65_HS1-834228961_62-HQ-83894_Section_1
Agency: FBI
Page 31
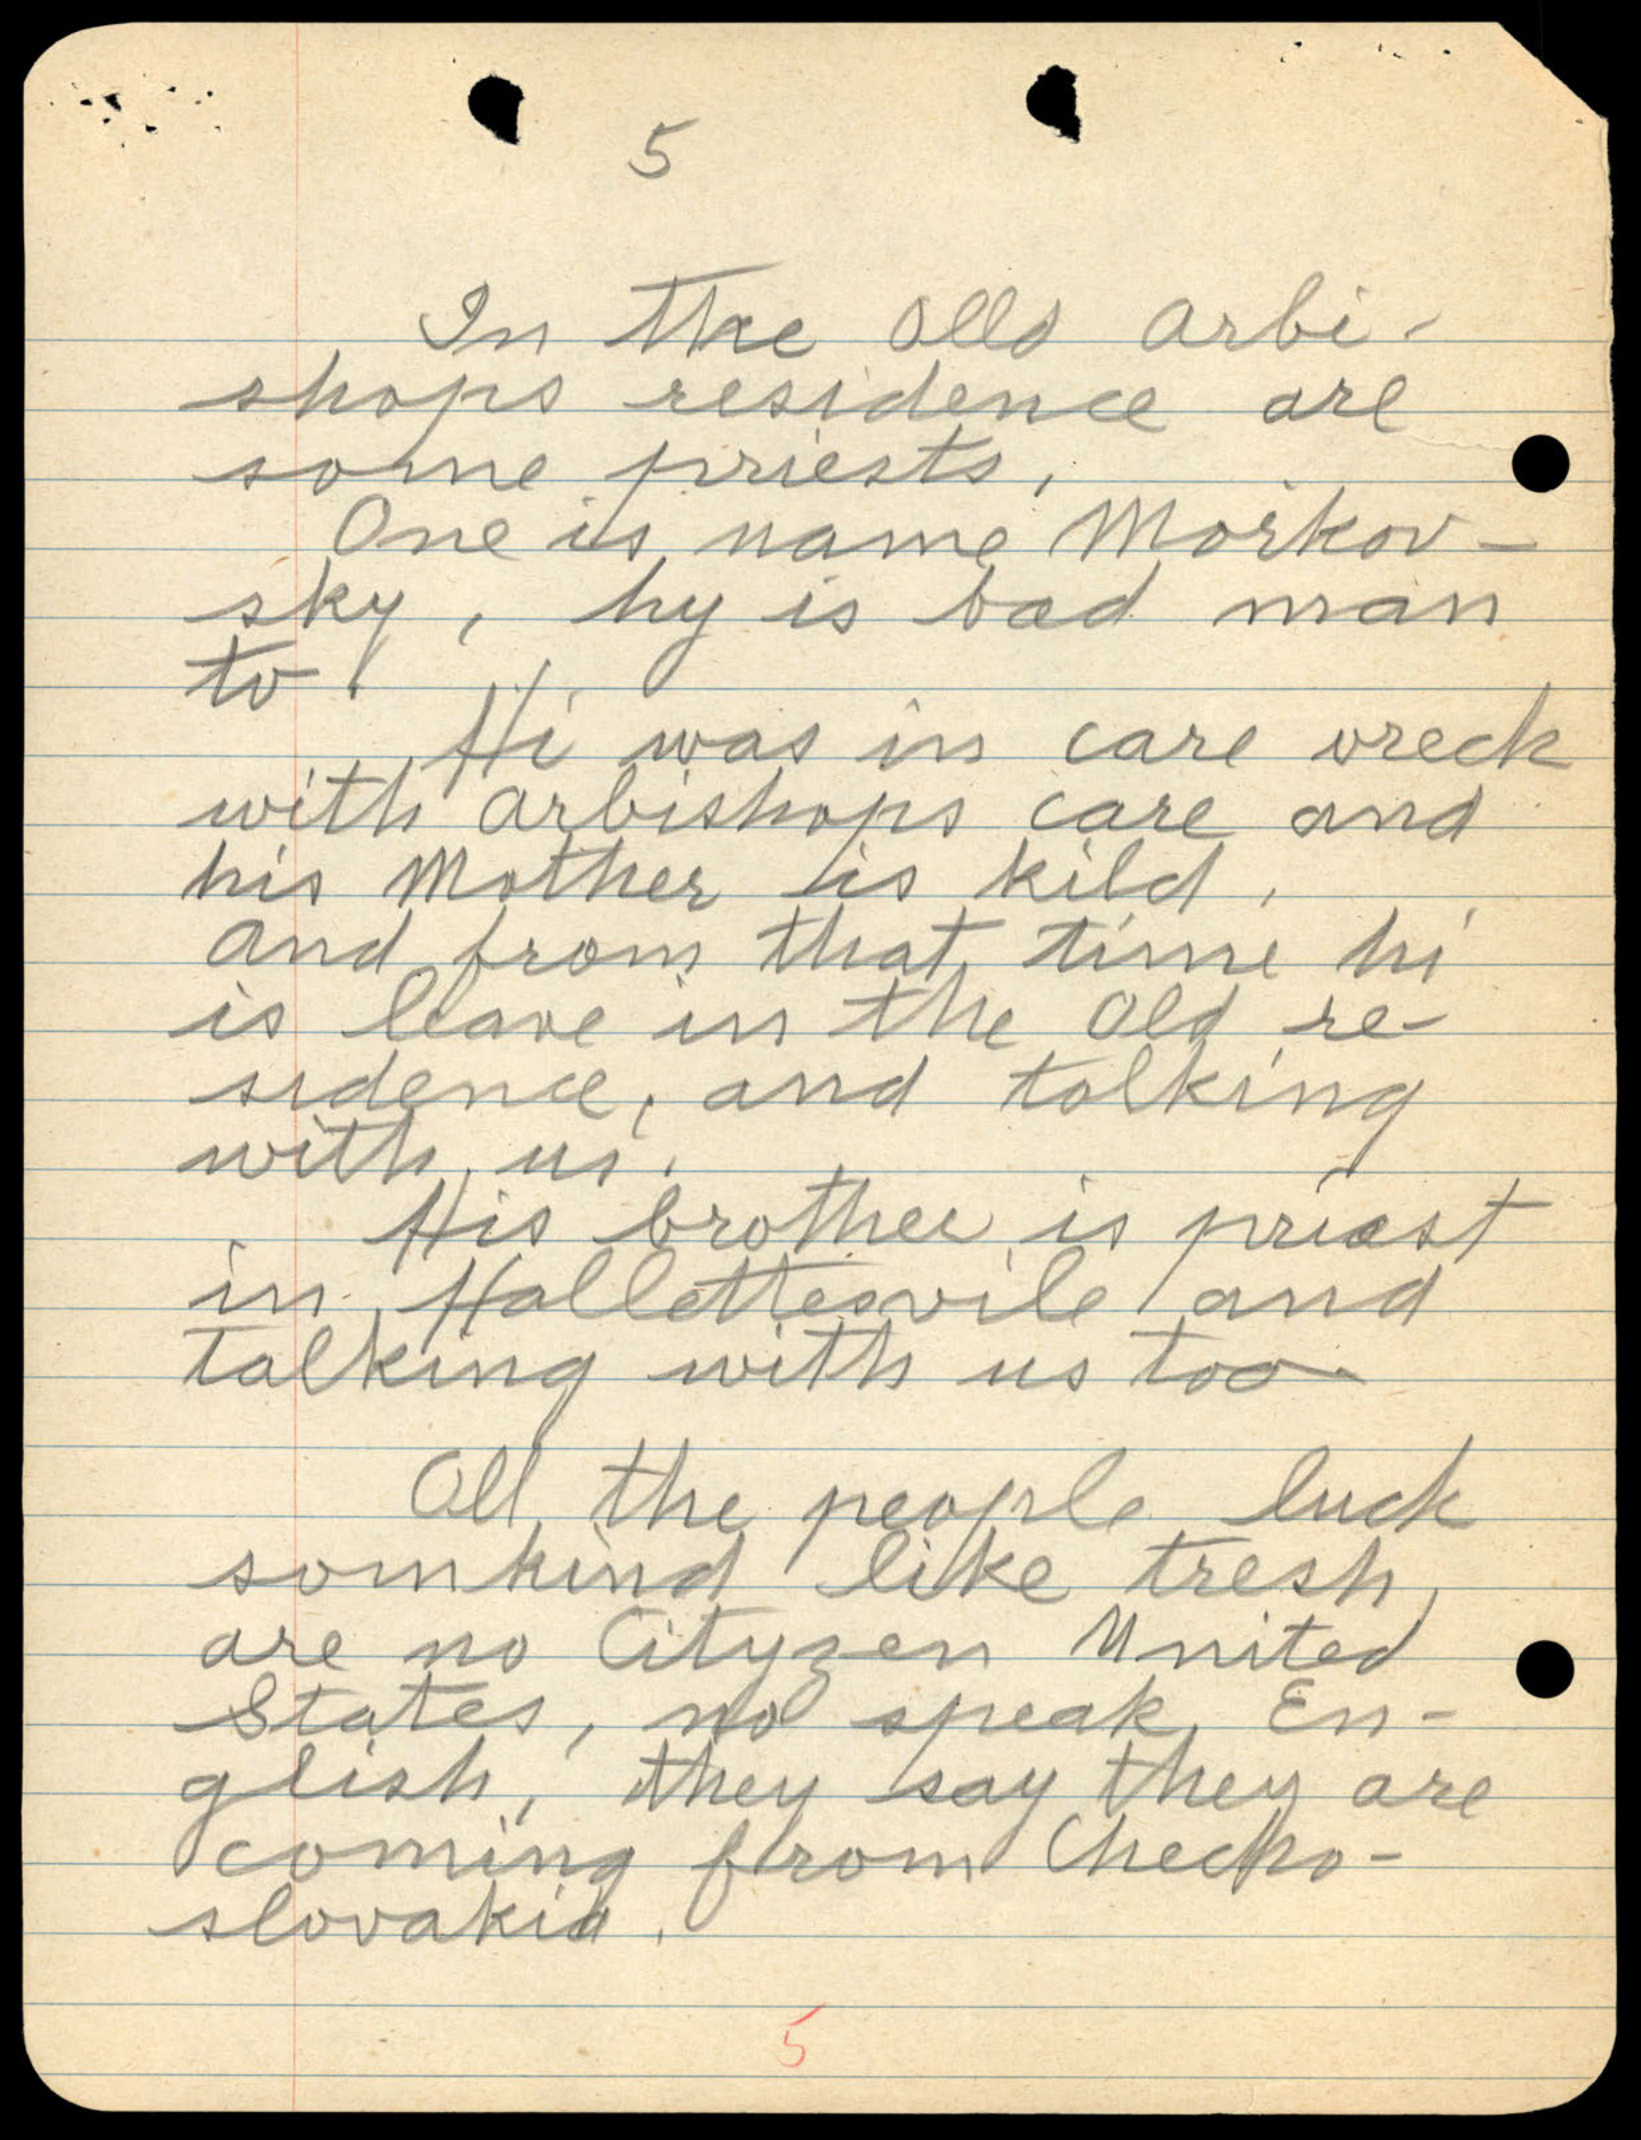